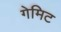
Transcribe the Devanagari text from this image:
गेमिट